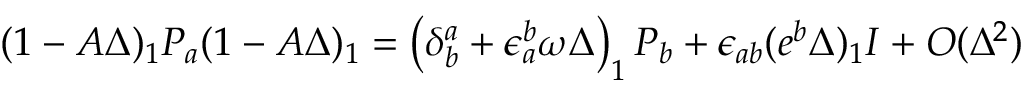
( 1 - A \Delta ) _ { 1 } P _ { a } ( 1 - A \Delta ) _ { 1 } = \left( \delta _ { b } ^ { a } + \epsilon _ { a } ^ { b } \omega \Delta \right) _ { 1 } P _ { b } + \epsilon _ { a b } ( e ^ { b } \Delta ) _ { 1 } I + O ( \Delta ^ { 2 } )